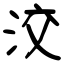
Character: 洨